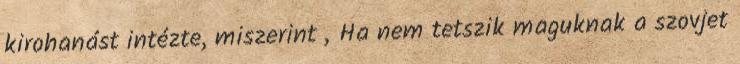
kirohanást intézte, miszerint „Ha nem tetszik maguknak a szovjet